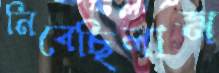
নিবেছিলাম